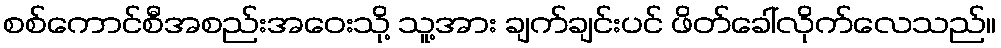
စစ်ကောင်စီအစည်းအဝေးသို့ သူ့အား ချက်ချင်းပင် ဖိတ်ခေါ်လိုက်လေသည်။